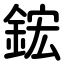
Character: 鋐